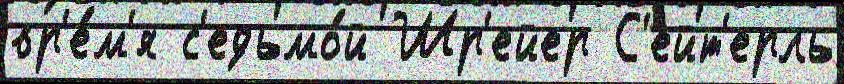
вр'е́м'я с'едьмо́й Шр'ейер С'ейт'ерль